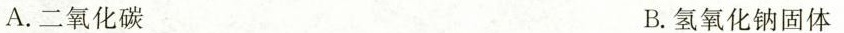
A.二氧化碳 B.氢氧化钠固体